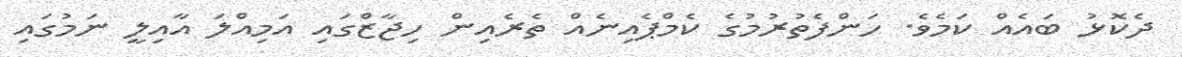
ދެކޮޅު ބައެއް ކަމެވެ. ހަންފެތުރުމުގެ ކެމްޕެއިނެއް ތެރެއިން ހިޖާޒްގައި އަމިއްލަ އާއިލީ ނަމުގައި